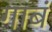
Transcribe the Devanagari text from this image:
गाबं